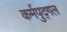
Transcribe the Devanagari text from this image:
कर्मपुद्गल